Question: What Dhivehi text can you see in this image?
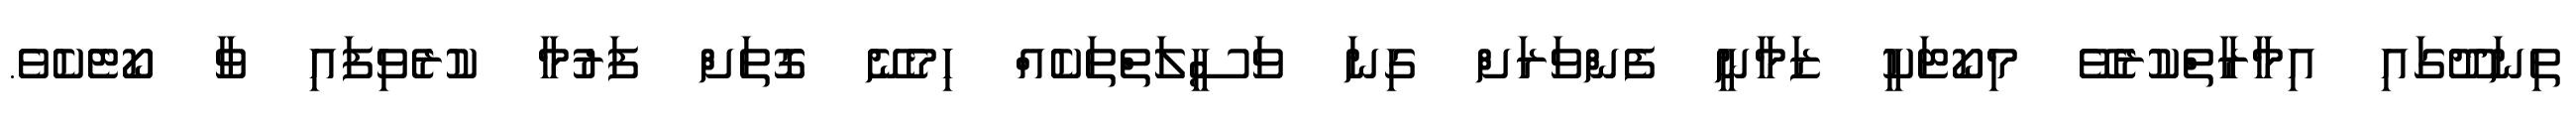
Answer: ތިނަދޫގައި އިމާރާތްކުރެވޭ މިކޯޓަކީ ޒަމާނީ ފެންވަރަށް ގިނަ ވަސީލަތްތަކެއް ހިމެނޭ ގޮތަށް ފަރުމާ ކުރެވިފައި ވާ ކޯޓެކެވެ.